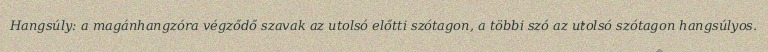
Hangsúly: a magánhangzóra végződő szavak az utolsó előtti szótagon, a többi szó az utolsó szótagon hangsúlyos.